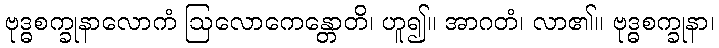
ဗုဒ္ဓစက္ခုနာလောကံ ဩလောကေန္တောတိ၊ ဟူ၍။ အာဂတံ၊ လာ၏။ ဗုဒ္ဓစက္ခုနာ၊